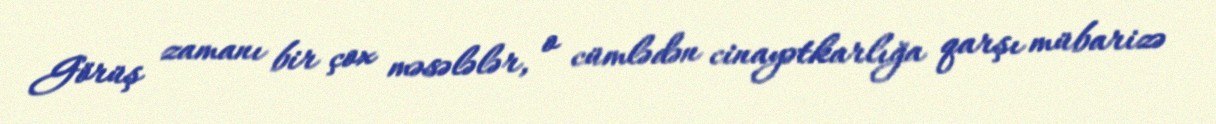
Görüş zamanı bir çox məsələlər, o cümlədən cinayətkarlığa qarşı mübarizə